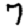
Digit: 7